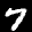
Label: 7